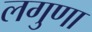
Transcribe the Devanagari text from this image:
लगुणा